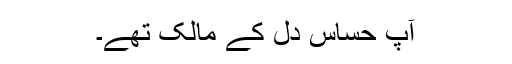
آپ حساس دل کے مالک تھے۔